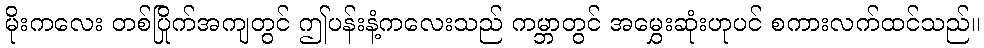
မိုးကလေး တစ်ပြိုက်အကျတွင် ဤပန်းနံ့ကလေးသည် ကမ္ဘာတွင် အမွှေးဆုံးဟုပင် စကားလက်ထင်သည်။